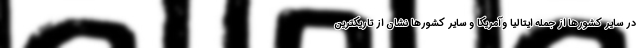
در سایر کشورها از جمله ایتالیا وآمریکا و سایر کشورها نشان از تاریکترین